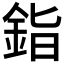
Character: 𬫏